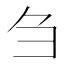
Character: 刍